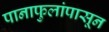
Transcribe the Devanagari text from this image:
पानाफुलांपासून